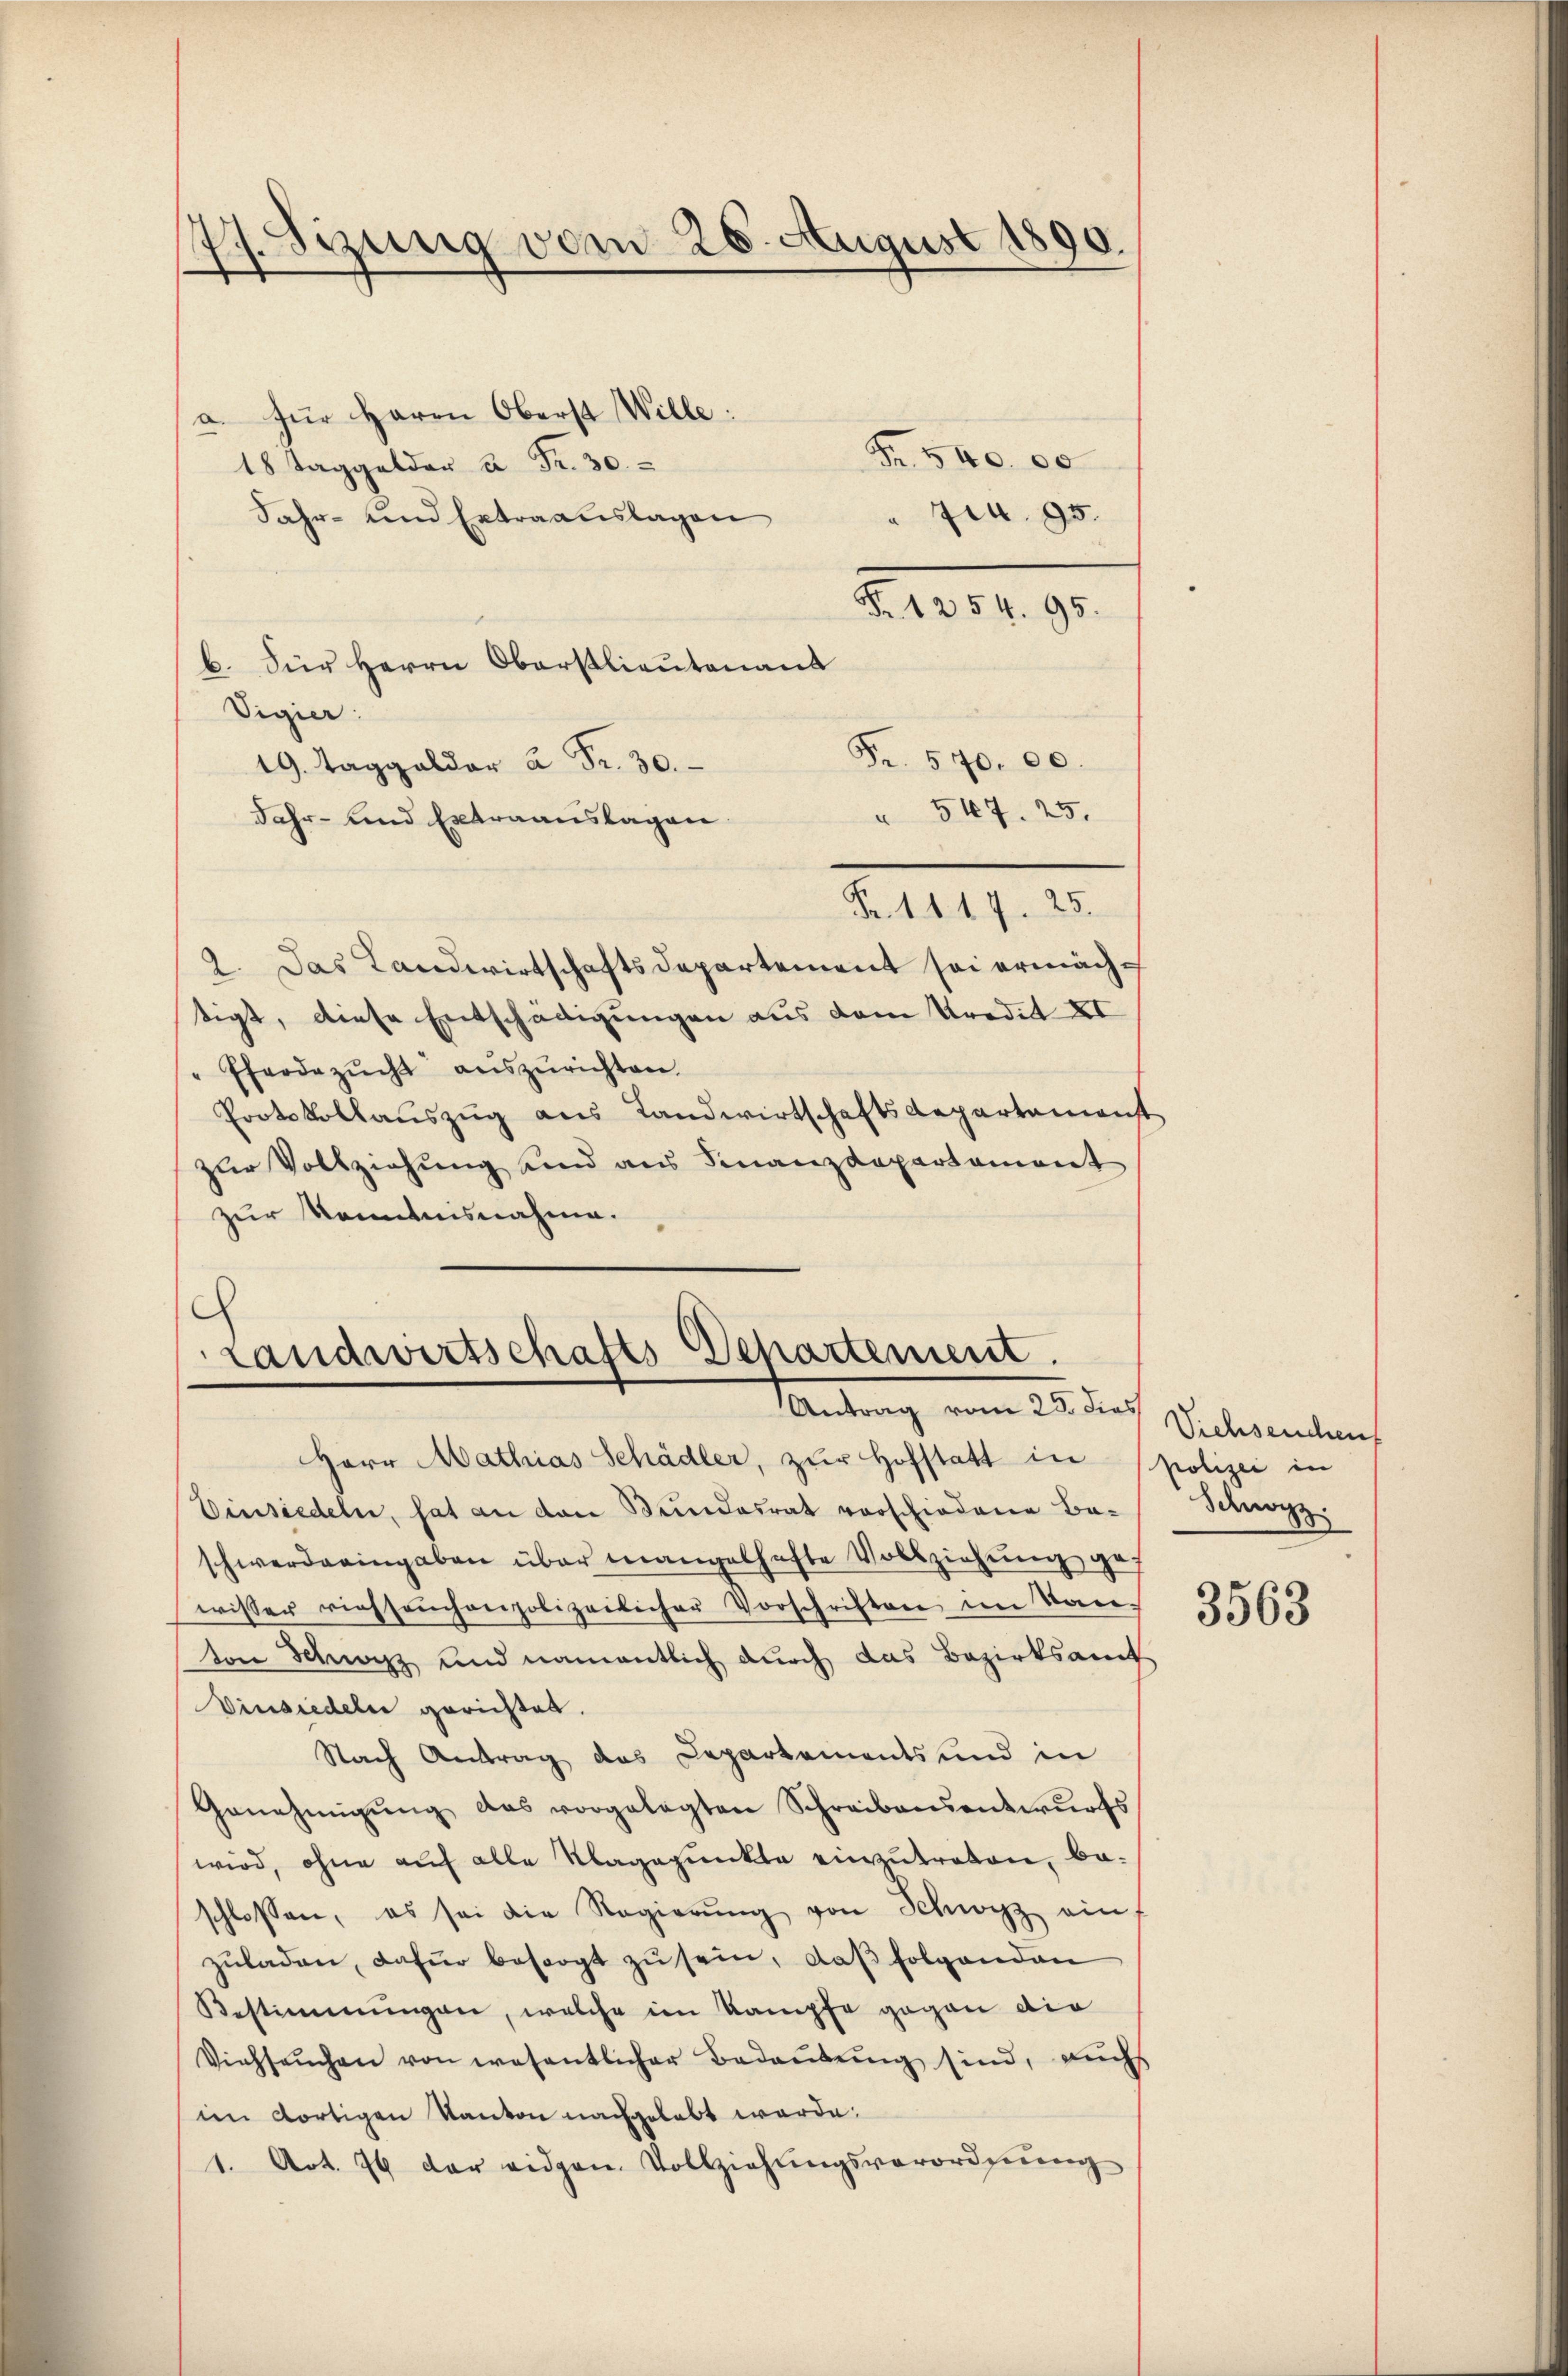
1.Sizung vom 26. August 1890.

a. für Herrn Oberst Wille:
18 Taggelder à Fr. 30.
Fahr- und Extraauslagen
b. Für Herrn Oberstlieutenant
Vigier:
Fr. 570. 00.
19. Taggelder à Fr. 30.
 547. 25.
Jahr- und Extraanslagen.
Fr. 1417. 25.
2. Das Landwirtschaftsdepartement sei ermächtigt, diese Entschädigungen aus dem Kredit XI
Eferdezŭcht aŭszŭrichten.
Protokollauszug aus Landwirtschaftsdepartemenst
zur Vollziehung und aus Finanzdepartament
zur Kenntnisnahme.

Ju. 95.

F. 1254. 95.

Fr. 540. 00

c
Landwirtschafts-Departement.
Antrag vom 25. des Vielesenden

Herr Mathias Schädler, zur Hofstatt in polizei in
Einsiedeln, hat an den Bundesrat vorschiedene Be-Schwyz
schwerderingaben über mangelhafte Vollziehŭng gef
wisser riehseuchenpolizeilicher Vorschriften im Kan-
von Schwarz und namentlich durch das Bezirksamt
Vinsiedeln gerichtet.
Nach Antrag des Departements und in
Genehmigŭng das vorgelegten Schreibensentwŭrfs
wird, ohne auf alle Klagepunkte einzutreten, be-
schlossen, es sei die Regierŭng von Schwyz ain
zŭladen, dafür besorgt zŭ sein, daβ folgenden
Bestimmungen, welche im Kampfe gegen die
Viehseuchen von wesentlicher Bedeutung sind, auchs
im dortigen Kanton nachgelebt werde.
1. Art. 76 der eidgen. Vollziehungsverordnung

3563